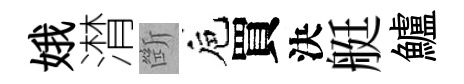
娥潸㫁巵買決艇鱸